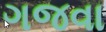
ગજવા